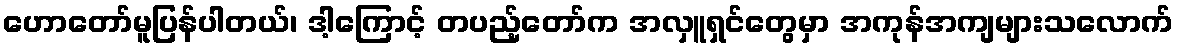
ဟောတော်မူပြန်ပါတယ်၊ ဒါ့ကြောင့် တပည့်တော်က အလှူရှင်တွေမှာ အကုန်အကျများသလောက်